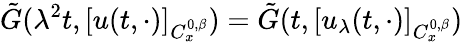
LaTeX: \tilde{G}(\lambda^{2}t,[u(t,\cdot)]_{C_{x}^{0,\beta}})=\tilde{G}(t,[u_{\lambda}(t,\cdot)]_{C_{x}^{0,\beta}})